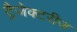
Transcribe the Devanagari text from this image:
ट्रैजेक्टरीज